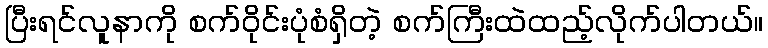
ပြီးရင်လူနာကို စက်ဝိုင်းပုံစံရှိတဲ့ စက်ကြီးထဲထည့်လိုက်ပါတယ်။